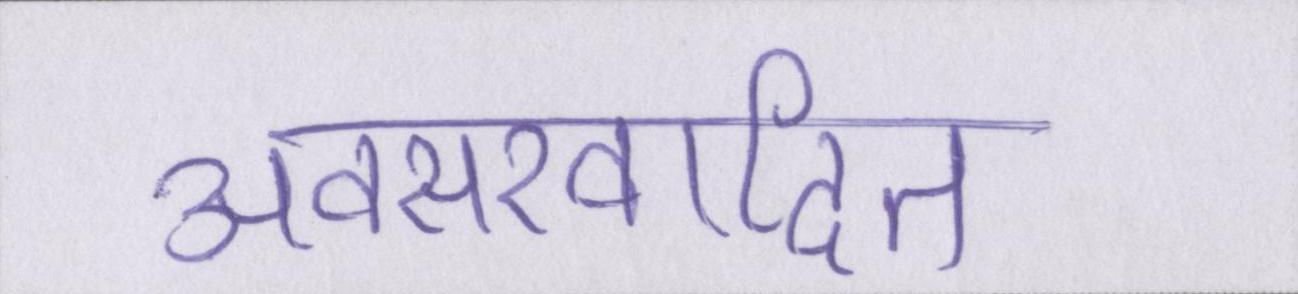
अवसरवादित